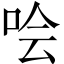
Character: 哙